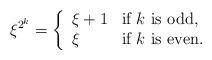
LaTeX: \begin{align*}\xi^{2^k} = \left\{\begin{array}{ll}\xi + 1 & \textrm{if $k$ is odd,}\\\xi & \textrm{if $k$ is even}.\end{array}\right.\end{align*}